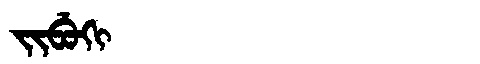
Manchu: ᠵᡳᠪᡠᡴᡳ
Romanization: JIBUKI